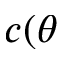
c ( \theta